65_HS1-834228961_62-HQ-83894_Section_1
Agency: FBI
Page 12
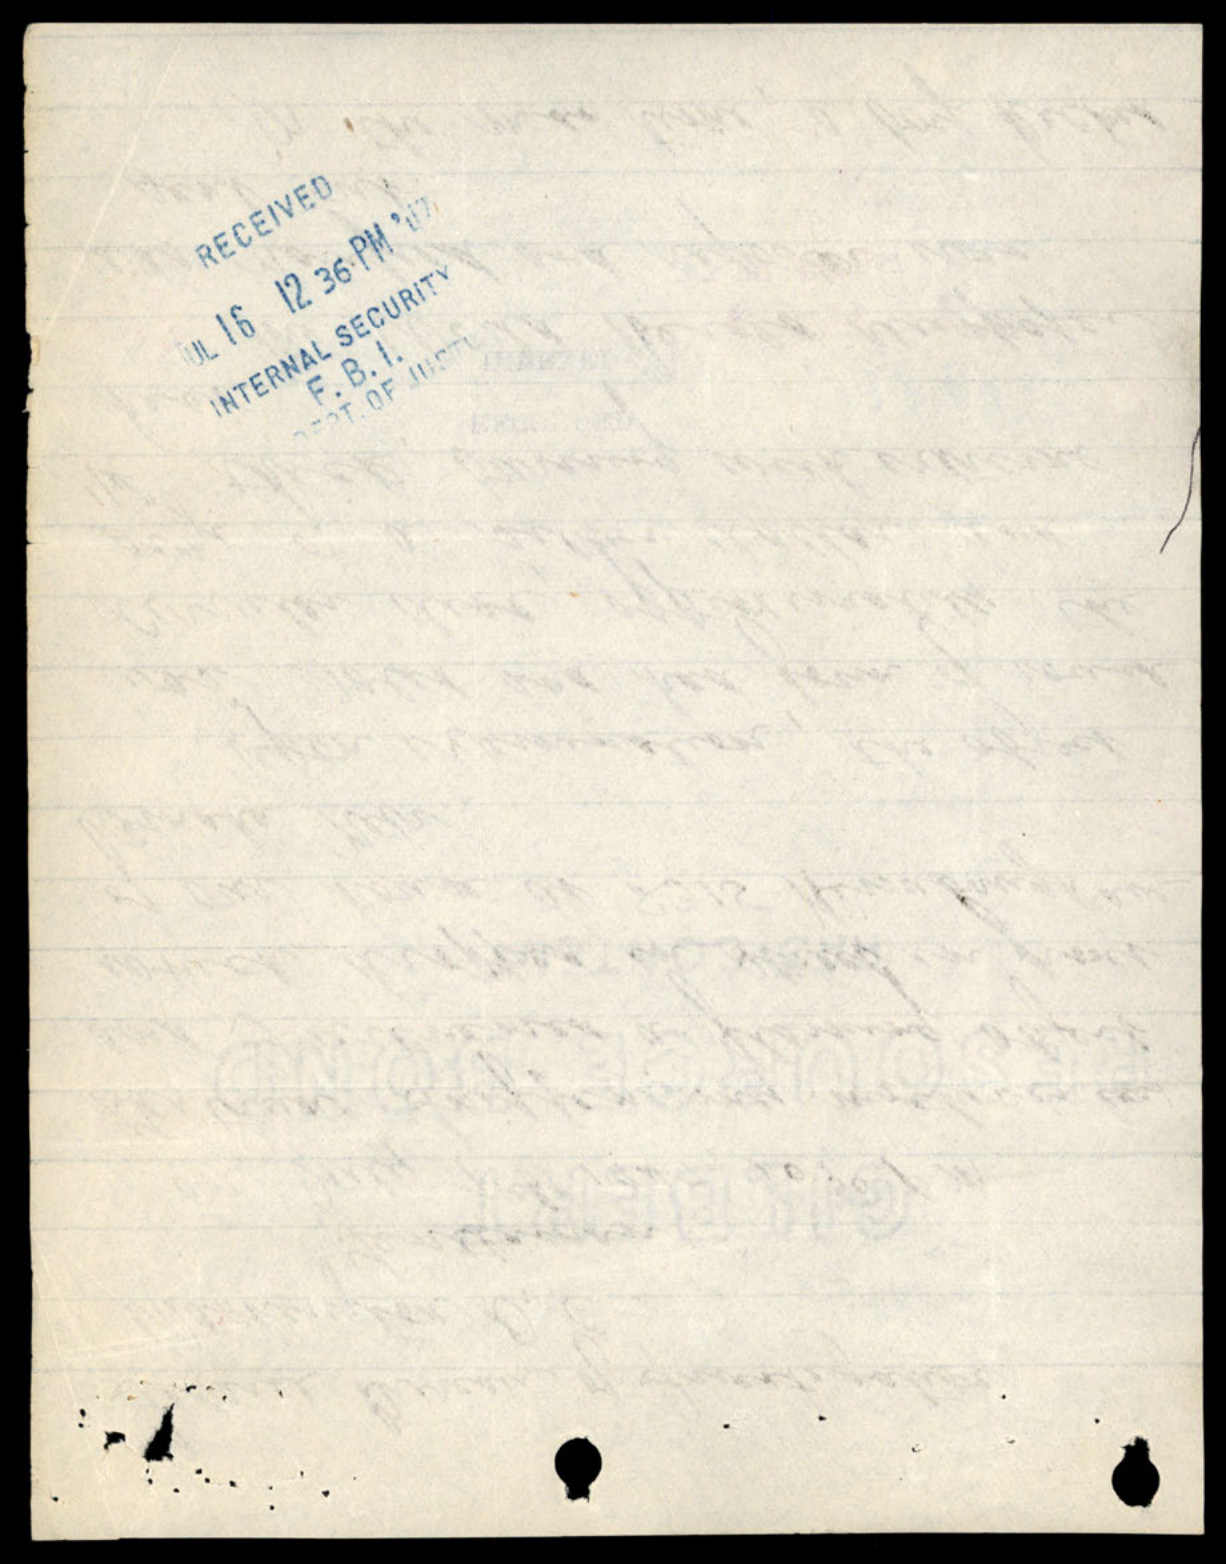